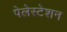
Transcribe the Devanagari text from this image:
पेलेस्टेशन